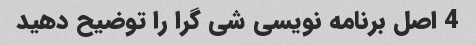
4 اصل برنامه نویسی شی گرا را توضیح دهید